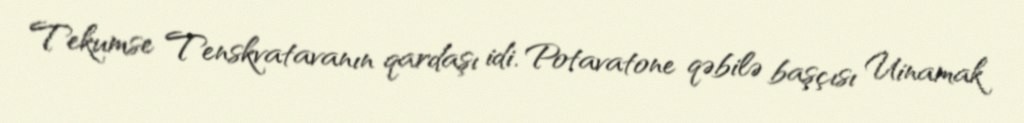
Tekumse Tenskvatavanın qardaşı idi. Potavatone qəbilə başçısı Uinamak